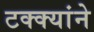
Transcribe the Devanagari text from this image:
टक्क्यांने